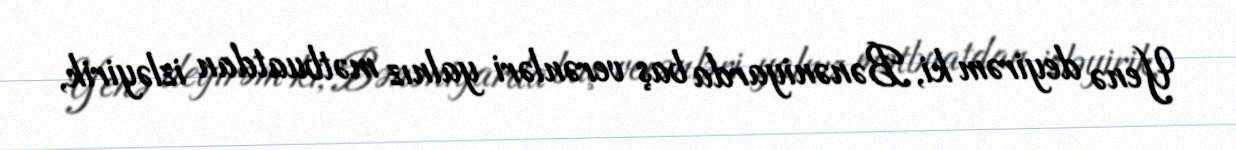
Yenə deyirəm ki, Bənəniyarda baş verənləri yalnız mətbuatdan izləyirik,